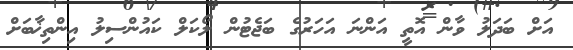
އަށް ބަދަލު ވާން އޮތީ އަންނަ އަހަރުގެ ބަޖެޓުން ލޯކަލް ކައުންސިލު އިންތިޚާބަށް